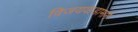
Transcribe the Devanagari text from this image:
विजयवाडामार्गे